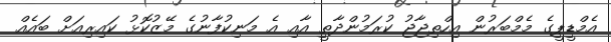
އެމްޑީޕީގެ މެމްބަރުން އިހްތިޖާޖު ކުރަމުންދާތީ އާއި އެ މަނިކުފާނުގެ މޭޒުކޮޅު ކައިރިއަށް ބައެއް